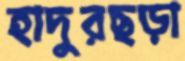
হাদুরছড়া